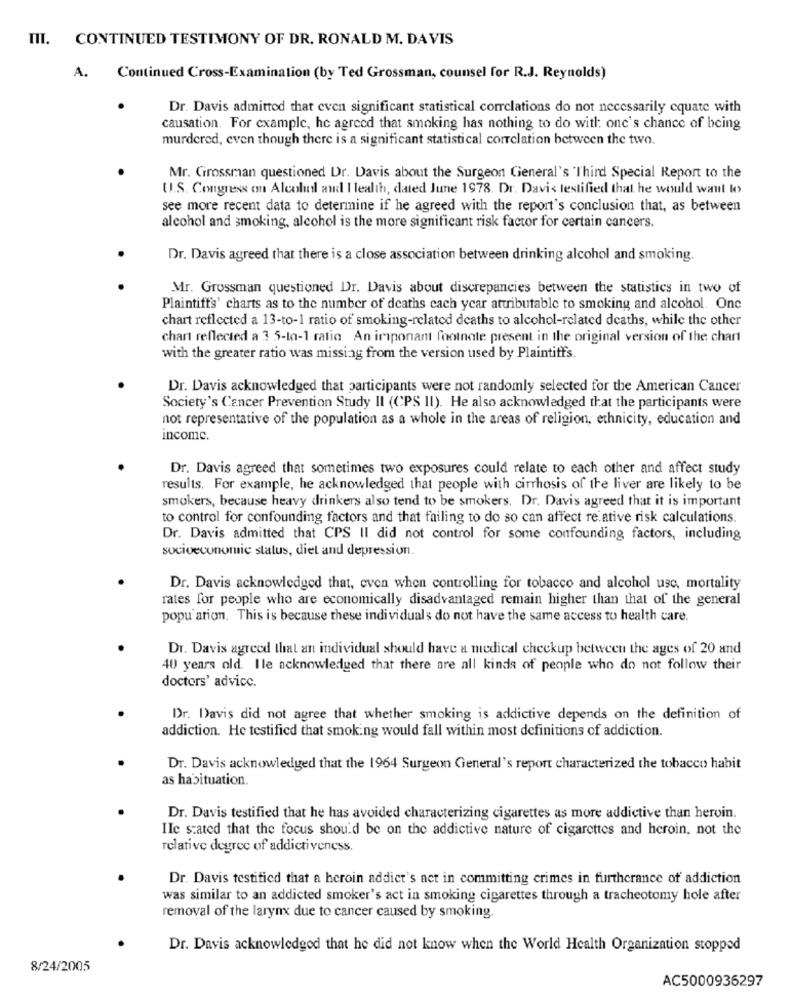
TIL. CONTINUED TESTIMONY OF DR. RONALD M. DAVIS
A.
Continued Cross-Examination (by Ted Grossman, counsel for R.J. Reynolds)
Dr. Davis admitted that cven significant statistical correlations do not necessarily equate with
causation. For example, he agreed that smoking has nothing to do with one's chance of being
murdered, even though there is a significant statistical correlation between the two.
Mr. Grossman questioned Dr. Davis about the Surgeon General's Third Special Report to the
U.S. Congress on Alcohol and I lealth, dated June 1978. Dr. Davis testified that he would want to
see more recent data to determine if he agreed with the report's conclusion that, as between
alcohol and smoking, alcohol is the more significant risk factor for certain cancers.
Dr. Davis agreed that there is a close association between drinking alcohol and smoking.
Mr. Grossman questioned Dr. Davis about discrepancies between the statistics in two of
Plaintiffs' charts as to the number of deaths cach year attributable to smoking and alcohol. One
chart reflected a 13-to-1 ratio of smoking-related deaths to alcohol-related deaths, while the other
chart reflected a 3 5-In-1 ratio An important footnote present in the original version of the chart
with the greater ratio was missing from the version used by Plaintiffs.
Dr. Davis acknowledged that participants were not randomly selected for the American Cancer
Society's Cancer Prevention Study Il (CPS II). He also acknowledged that the participants were
not representative of the population as a whole in the areas of religion, ethnicity, education and
income.
Dr. Davis agreed that sometimes two exposures could relate to each other and affect study
results. For example, he acknowledged that people with cirrhosis of the liver are likely to be
smokers, because heavy drinkers also tend to be smokers. Dr. Davis agreed that it is important
to control for confounding factors and that failing to do so can affect re ative risk calculations.
Dr. Davis admitted that CPS II did not control for some confounding factors, including
socioeconomic status, diet and depression.
Dr. Davis acknowledged that, even when controlling for tobacco and alcohol use, mortality
rates for people who are economically disadvantaged remain higher than that of the general
popu ation. This is because these individuals do not have the same access to health care.
Dr. Davis agreed that an individual should have a medical checkup between the ages of 20 and
40 years old. Ile acknowledged that there are all kinds of people who do not follow their
doctors' advice.
Dr. Davis did not agree that whether smoking is addictive depends on the definition of
addiction. He testified that smoking would fall within most definitions of addiction.
Dr. Davis acknowledged that the 1964 Surgeon General's report characterized the tobacco habit
as habituation.
Dr. Davis testified that he has avoided characterizing cigarettes as more addictive than heroin.
IIc stated that the focus should be on the addictive nature of cigarettes and heroin, not the
relative degree of addictiveness.
Dr. Davis testified that a heroin addict's act in committing crimes in furtherance of addiction
was similar to an addicted smoker's act in smoking cigarettes through a tracheotomy hole after
removal of the larynx due to cancer caused by smoking.
Dr. Davis acknowledged that he did not know when the World Health Organization stopped
8/24/2005
AC5000936297